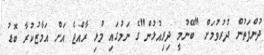
ދުންފަތުން ދުރުވުމަށް "ބޭނުމީ ދިރިއުޅުން"ގެ ނަމުގައި މުޅި ރާއްޖެ އަށް އަމާޒުކުރާ ބޮޑު